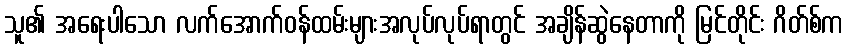
သူ၏ အရေးပါသော လက်အောက်ဝန်ထမ်းများအလုပ်လုပ်ရာတွင် အချိန်ဆွဲနေတာကို မြင်တိုင်း ဂိတ်စ်က